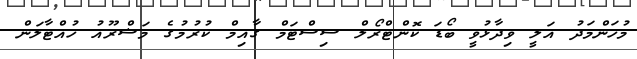
މުހަންމަދު އަލީ ވިދާޅުވީ ބޯޑަ ކޮންޓްރޯލް ސިސްޓަމް ގާއިމް ކުރުމުގެ މަޝްރޫއު ހުއްޓާލަން